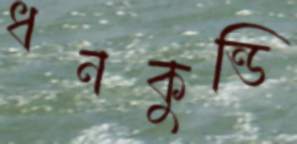
ধনকুন্ডি